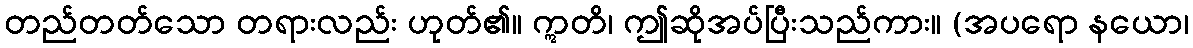
တည်တတ်သော တရားလည်း ဟုတ်၏။ ဣတိ၊ ဤဆိုအပ်ပြီးသည်ကား။ (အပရော နယော၊